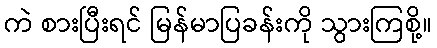
ကဲ စားပြီးရင် မြန်မာပြခန်းကို သွားကြစို့။